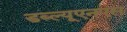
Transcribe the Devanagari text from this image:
डब्ल्यूएनएस